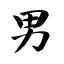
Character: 男